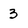
Character: 3